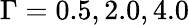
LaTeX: \Gamma=0.5,2.0,4.0